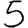
Digit: 5